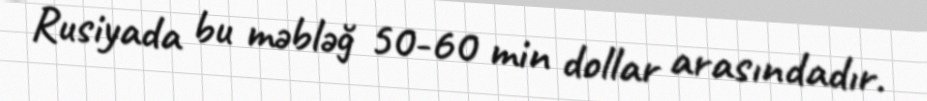
Rusiyada bu məbləğ 50-60 min dollar arasındadır.